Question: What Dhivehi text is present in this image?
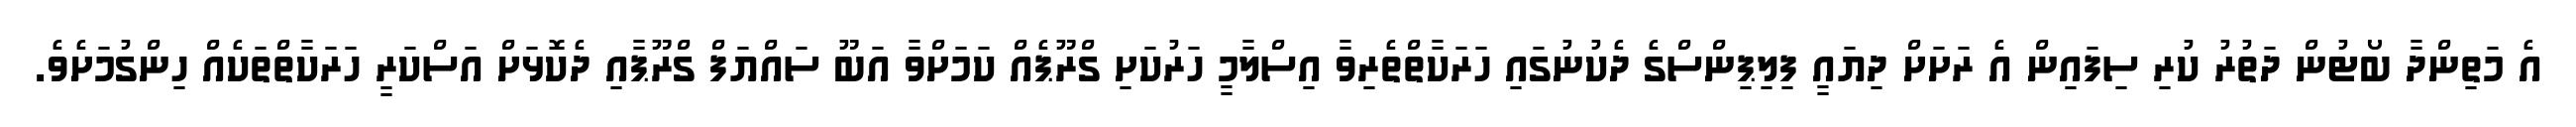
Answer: އެ މަތިންދާ ބޯޓުން ދަތުރު ކުރި ސިފައިން އެ ރަށަށް ދިޔައީ ފިލިޕިންސްގެ ދެކުނުގައި ހަރަކާތްތެރިވާ އިސްލާމީ ހަރުކަށި ގްރޫޕެއް ކަމަށްވާ އަބޫ ސައްޔަފް ގްރޫޕާއި ދެކޮޅަށް އަސްކަރީ ހަރަކާތްތަކެއް ހިންގުމަށެވެ.